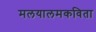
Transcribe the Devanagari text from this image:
मलयालमकविता